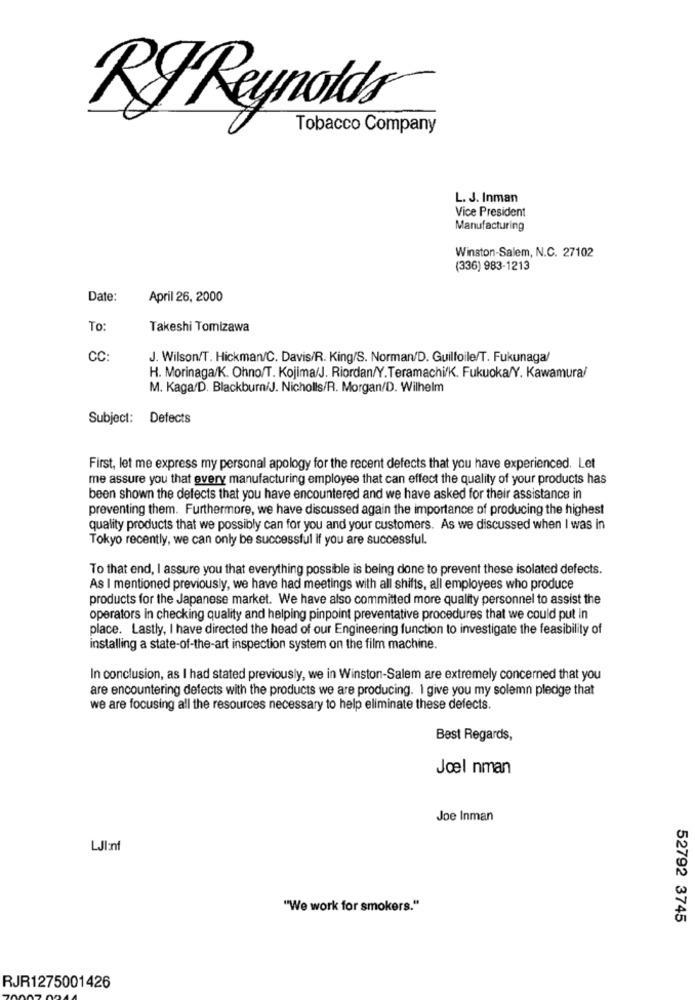
RyReynolds®
Tobacco Company
L. J. Inman
Vice President
Manufacturing
Winston-Salem, N.C. 27102
(336) 983-1213
Date:
April 26, 2000
To:
Takeshi Tomizawa
CC:
J. Wilson/T. Hickman/C. Davis/R. King/S. Norman/D. Guilfoile/T. Fukunaga/
H. Morinaga/K. Ohno/T. Kojima/J. Riordan/Y.Teramachi/K. Fukuoka/Y. Kawamura/
M. Kaga/D. Blackburn/J. Nicholls/R. Morgan/D. Wilhelm
Subject: Defects
First, let me express my personal apology for the recent defects that you have experienced. Let
me assure you that every manufacturing employee that can effect the quality of your products has
been shown the defects that you have encountered and we have asked for their assistance in
preventing them. Furthermore, we have discussed again the importance of producing the highest
quality products that we possibly can for you and your customers. As we discussed when I was in
Tokyo recently, we can only be successful if you are successful.
To that end, I assure you that everything possible is being done to prevent these isolated defects.
As I mentioned previously, we have had meetings with all shifts, all employees who produce
products for the Japanese market. We have also committed more quality personnel to assist the
operators in checking quality and helping pinpoint preventative procedures that we could put in
place. Lastly, I have directed the head of our Engineering function to investigate the feasibility of
installing a state-of-the-art inspection system on the film machine.
In conclusion, as I had stated previously, we in Winston-Salem are extremely concerned that you
are encountering defects with the products we are producing. 1 give you my solemn pledge that
we are focusing all the resources necessary to help eliminate these defects.
Best Regards,
Jol nman
Joe Inman
LJI:nf
"We work for smokers."
52792 3745
RJR1275001426